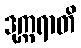
ဒုက္ကရာတိ